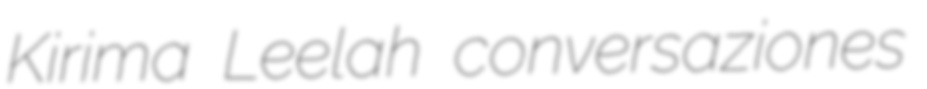
Kirima Leelah conversaziones